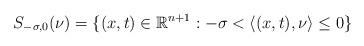
LaTeX: \begin{align*}S_{-\sigma,0}(\nu)=\{(x,t)\in\mathbb{R}^{n+1}:-\sigma<\langle(x,t),\nu\rangle\leq0\}\end{align*}